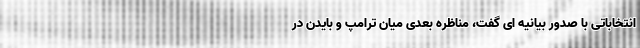
انتخاباتی با صدور بیانیه ای گفت، مناظره بعدی میان ترامپ و بایدن در